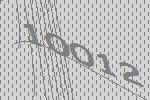
10012